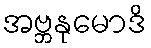
အဗ္ဘနုမောဒိ